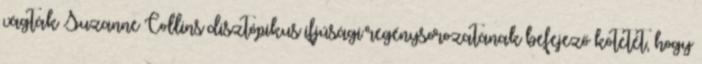
vágták Suzanne Collins disztópikus ifjúsági regénysorozatának befejező kötetét, hogy